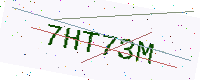
Text: 7HT73M